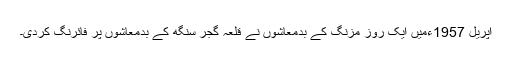
اپریل 1957ءمیں ایک روز مزنگ کے بدمعاشوں نے قلعہ گجر سنگھ کے بدمعاشوں پر فائرنگ کردی۔